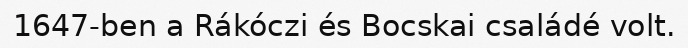
1647-ben a Rákóczi és Bocskai családé volt.